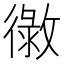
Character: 𢕲